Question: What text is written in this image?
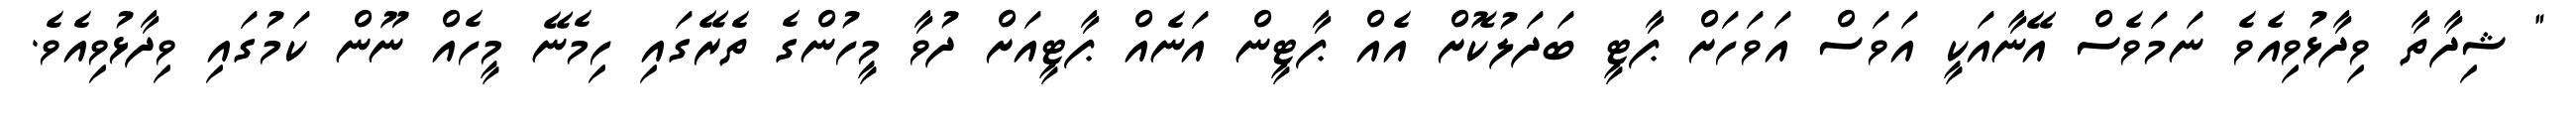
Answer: " ޝިދާތާ ވިދާޅުވިއެވެ ނަމަވެސް އޭނާއަކީ އަވަސް އަވަހަށް ޕާޓީ ބަދަލުކޮށް އެއް ޕާޓީން އަނެއް ޕާޓީއަށް ދުވާ މީހުންގެ ތެރޭގައި ހިމެނޭ މީހެއް ނޫން ކަމުގައި ވިދާޅުވިއެވެ.